Lunatic asylums Madras 1877-1891 - 1877-1891
Year: 1877
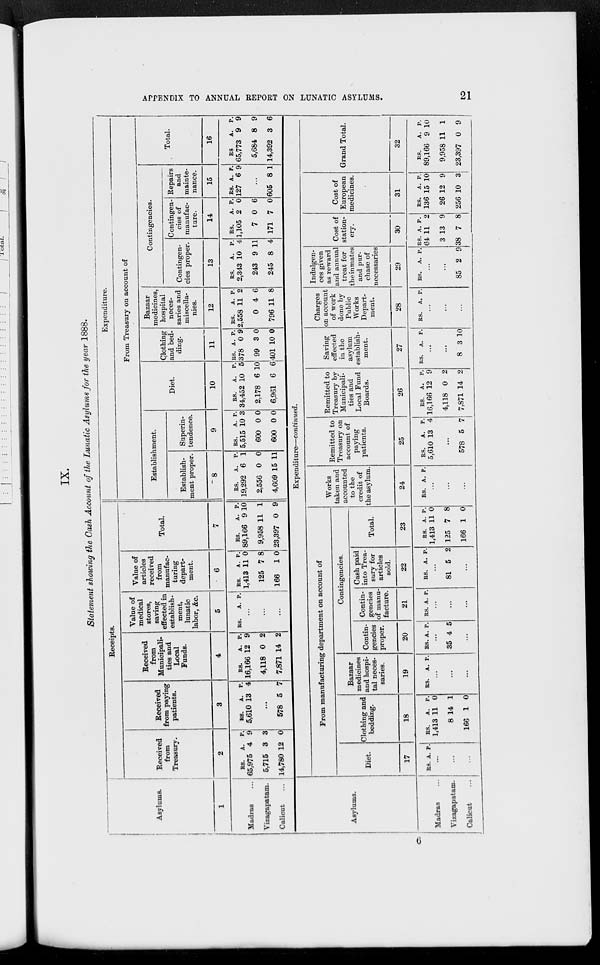
APPENDIX TO ANNUAL REPORT ON LUNATIC ASYLUMS.
21
IX.
Statement showing the Cash Account of the Lunatic Asylums for the year 1888.
Asylums.
1
Madras ...
Vizagapztam.
Calicut ...
Receipts.
Received
from
Treasury.
2
RS.
65,975
6,716
14,780
A.
4
3
12
P.
9
3
0
Received
from paying
patients.
2
I
RS.
5,610
A.
13
P.
4
...
578 5 7
Received
from
Municipali-
ties and
Local
Funds.
4
RS.
16,166
4,118
7,871
A.
12
0
14
P.
9
2
2
Value of
medical
stores,
saving
effected in
establish-
ment,
lunatic
labor, &c.
5
RS.
A. P.
...
...
...
Value of
articles
received
from
manufac-
turing
depart-
ment.
6
RS.
1,413
125
166
A.
11
7
1
P.
0
8
0
Total.
7
RS.
89,166
9,958
23,397
A.
9
11
0
P.
10
1
9
Expenditure.
From Treasury on account of
Establishment.
Establish-
ment proper.
8
RS.
19,292
2,556
4,609
A.
6
0
15
P.
1
0
11
Superin-
tendence.
9
RS.
5,515
600
600
A.
10
0
0
P.
3
0
0
Diet.
10
RS.
34,452
2,178
6,961
A.
10
6
6
P.
5
10
6
Clothing
and bed-
ding.
11
RS.
378
99
401
A.
0
3
10
P.
9
0
0
Bazaar
medicines,
hospital
neces-
saries and
miscella-
nies.
12
RS.
2,558
0
796
A.
11
4
11
P.
2
6
8
Contingencies.
Contingen-
cies proper.
13
RS.
2,343
243
245
A.
10
9
8
P.
4
11
4
Contingen-
cies of
manufac-
ture.
14
RS.
1,105
7
171
A.
2
0
7
P.
0
6
0
Repairs
and
mainte-
nance.
15
RS.
127
A.
6
P.
9
...
605 8 1
Total.
16
RS
65,773
5,684
14,392
A.
9
8
3
P.
9
9
6
Asylums.
Madras
Vizagapatam.
Calicut
Expenditure—continued.
From manufacturing department on account of
Diet.
17
RS. A. P.
...
...
...
Clothing and
bedding.
18
RS.
1,413
8
166
A.
11
14
1
P.
0
1
0
Bazaar
medicines
and hospi-
tal neces-
saries.
19
RS.
A. P.
...
...
...
Contingencies.
Contin-
gencies
proper.
20
RS A. P.
...
35 4 5
...
Contin-
gencies
of manu-
facture.
21
RS. A. P.
...
...
...
Cash paid
into Trea-
sury for
articles
sold.
22
RS. A. P.
...
81 5 2
...
Total.
23
RS.
1,413
125
166
A.
11
7
1
P.
0
8
0
Works
taken and
accounted
to the
credit of
the asylum.
24
RS. A. P.
...
...
...
Remitted to
Treasury on
account of
paying
patients.
25
RS.
5,610
A.
13
P.
4
...
578 5 7
Remitted to
Treasury by
Municipali-
ties and
Local Fund
Boards.
26
RS.
16,166
4,118
7,871
A.
12
0
14
P.
9
2
2
Saving
effected
in the
asylum
establish-
ment.
27
RS.
A. P.
...
...
8 3 10
Charges
on account
of work
done by
Public
Works
Depart-
ment.
28
RS.
A. P.
...
...
...
Indulgen-
ces given
as reward
and annual
treat for
the inmates
and pur-
chase of
necessaries
29
RS.
A. P.
...
...
85 2 9
Cost of
station-
ery.
30
RS.
64
3
38
A.
11
13
7
P.
2
9
8
Cost of
European
medicines.
31
RS.
136
26
256
A.
15
12
10
P.
10
9
3
Grand Total.
32
RS.
89,166
9,958
23,397
A.
9
11
0
P.
10
1
9
6